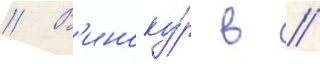
// В'иноку́р в //